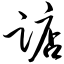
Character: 踮